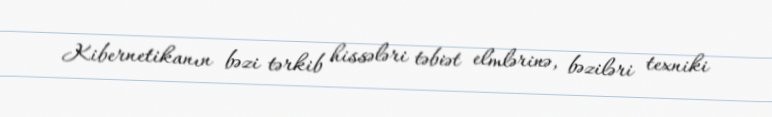
Kibernetikanın bəzi tərkib hissələri təbiət elmlərinə, bəziləri texniki